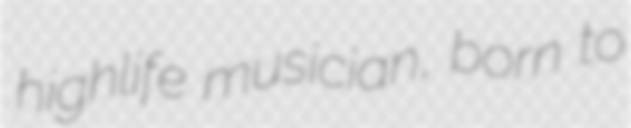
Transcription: highlife musician, born to